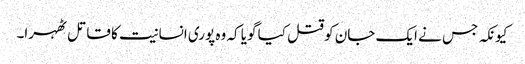
کیونکہ جس نے ایک جان کو قتل کیا گویا کہ وہ پوری انسانیت کا قاتل ٹھہرا۔